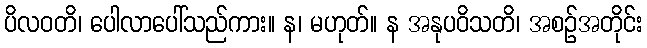
ပိလဝတိ၊ ပေါလာပေါ်သည်ကား။ န၊ မဟုတ်။ န အနုပဝိသတိ၊ အစဉ်အတိုင်း